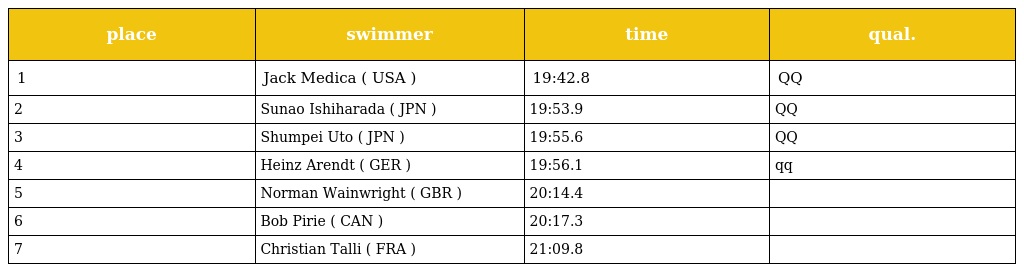
| place | swimmer | time | qual. |
 | --- | --- | --- | --- |
 | 1 | Jack Medica ( USA ) | 19:42.8 | QQ |
 | 2 | Sunao Ishiharada ( JPN ) | 19:53.9 | QQ |
 | 3 | Shumpei Uto ( JPN ) | 19:55.6 | QQ |
 | 4 | Heinz Arendt ( GER ) | 19:56.1 | qq |
 | 5 | Norman Wainwright ( GBR ) | 20:14.4 |  |
 | 6 | Bob Pirie ( CAN ) | 20:17.3 |  |
 | 7 | Christian Talli ( FRA ) | 21:09.8 |  |